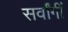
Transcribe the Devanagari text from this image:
सर्वांगीं